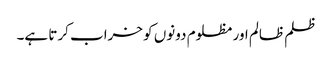
ظلم ظالم اور مظلوم دونوں کو خراب کرتا ہے۔